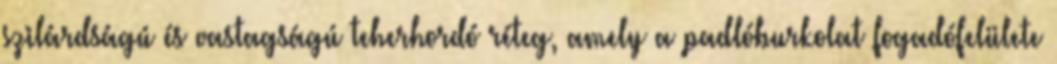
szilárdságú és vastagságú teherhordó réteg, amely a padlóburkolat fogadófelülete